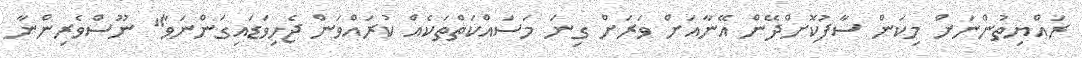
ރައްޔިތުންނަށް މިކަން ސާފުކޮށްދޭން އޭނާއަށް ވަރަށް ގިނަ މަސައްކަތްތަކެއް ކުރައްވަން ޖެހިވަޑައިގަންނަވާ" ނޫސްވެރިންނާ